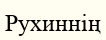
Рухиннің